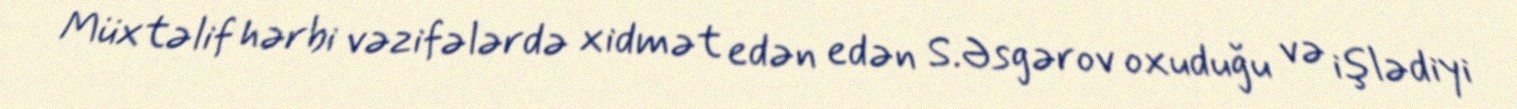
Müxtəlif hərbi vəzifələrdə xidmət edən edən S.Əsgərov oxuduğu və işlədiyi